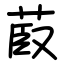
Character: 菣